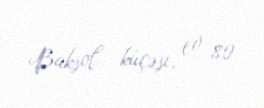
Baksol küçəsi, ev 80